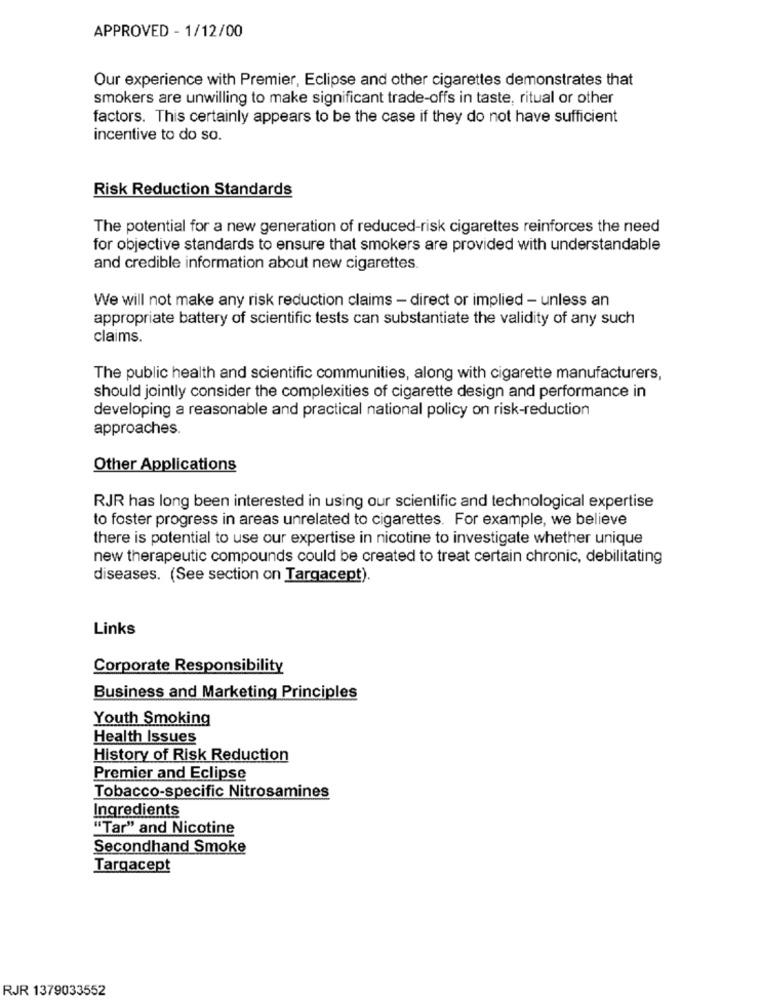
APPROVED - 1/12/00
Our experience with Premier, Eclipse and other cigarettes demonstrates that
smokers are unwilling to make significant trade-offs in taste, ritual or other
factors. This certainly appears to be the case if they do not have sufficient
incentive to do so.
Risk Reduction Standards
The potential for a new generation of reduced-risk cigarettes reinforces the need
for objective standards to ensure that smokers are provided with understandable
and credible information about new cigarettes.
We will not make any risk reduction claims - direct or implied - unless an
appropriate battery of scientific tests can substantiate the validity of any such
claims.
The public health and scientific communities, along with cigarette manufacturers,
should jointly consider the complexities of cigarette design and performance in
developing a reasonable and practical national policy on risk-reduction
approaches.
Other Applications
RJR has long been interested in using our scientific and technological expertise
to foster progress in areas unrelated to cigarettes. For example, we believe
there is potential to use our expertise in nicotine to investigate whether unique
new therapeutic compounds could be created to treat certain chronic, debilitating
diseases. (See section on Targacept).
Links
Corporate Responsibility
Business and Marketing Principles
Youth Smoking
Health Issues
History of Risk Reduction
Premier and Eclipse
Tobacco-specific Nitrosamines
Ingredients
"Tar" and Nicotine
Secondhand Smoke
Targacept
RJR 1379033552